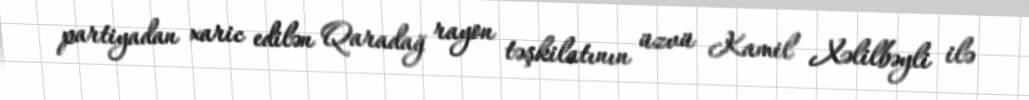
partiyadan xaric edilən Qaradağ rayon təşkilatının üzvü Kamil Xəlilbəyli ilə